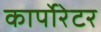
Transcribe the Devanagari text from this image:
कार्पोरेटर